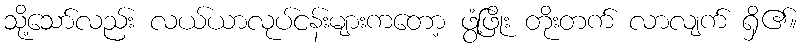
သို့သော်လည်း လယ်ယာလုပ်ငန်းများကတော့ ဖွံ့ဖြိုး တိုးတက် လာလျက် ရှိ၏။